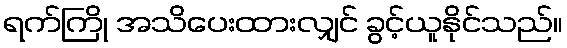
ရက်ကြို အသိပေးထားလျှင် ခွင့်ယူနိုင်သည်။